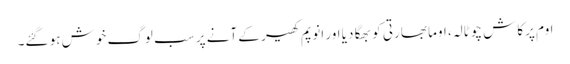
اوم پرکاش چوٹالہ، اوما بھارتی کو بھگا دیا اور انوپم کھیر کے آنے پر سب لوگ خوش ہو گئے۔